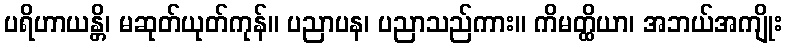
ပရိဟာယန္တိ၊ မဆုတ်ယုတ်ကုန်။ ပညာပန၊ ပညာသည်ကား။ ကိမတ္ထိယာ၊ အဘယ်အကျိုး